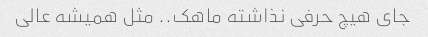
جای هیچ حرفی نذاشته ماهک.. مثل همیشه عالی